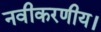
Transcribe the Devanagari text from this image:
नवीकरणीय।